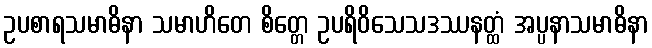
ဥပစာရသမာဓိနာ သမာဟိတေ စိတ္တေ ဥပရိဝိသေသဒဿနတ္ထံ အပ္ပနာသမာဓိနာ